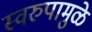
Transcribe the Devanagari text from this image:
स्वरुपामुळे